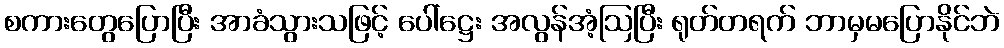
စကားတွေပြောပြီး အာခံသွားသဖြင့် ပေါ်ဋ္ဌေး အလွန်အံ့ဩပြီး ရုတ်တရက် ဘာမှမပြောနိုင်ဘဲ